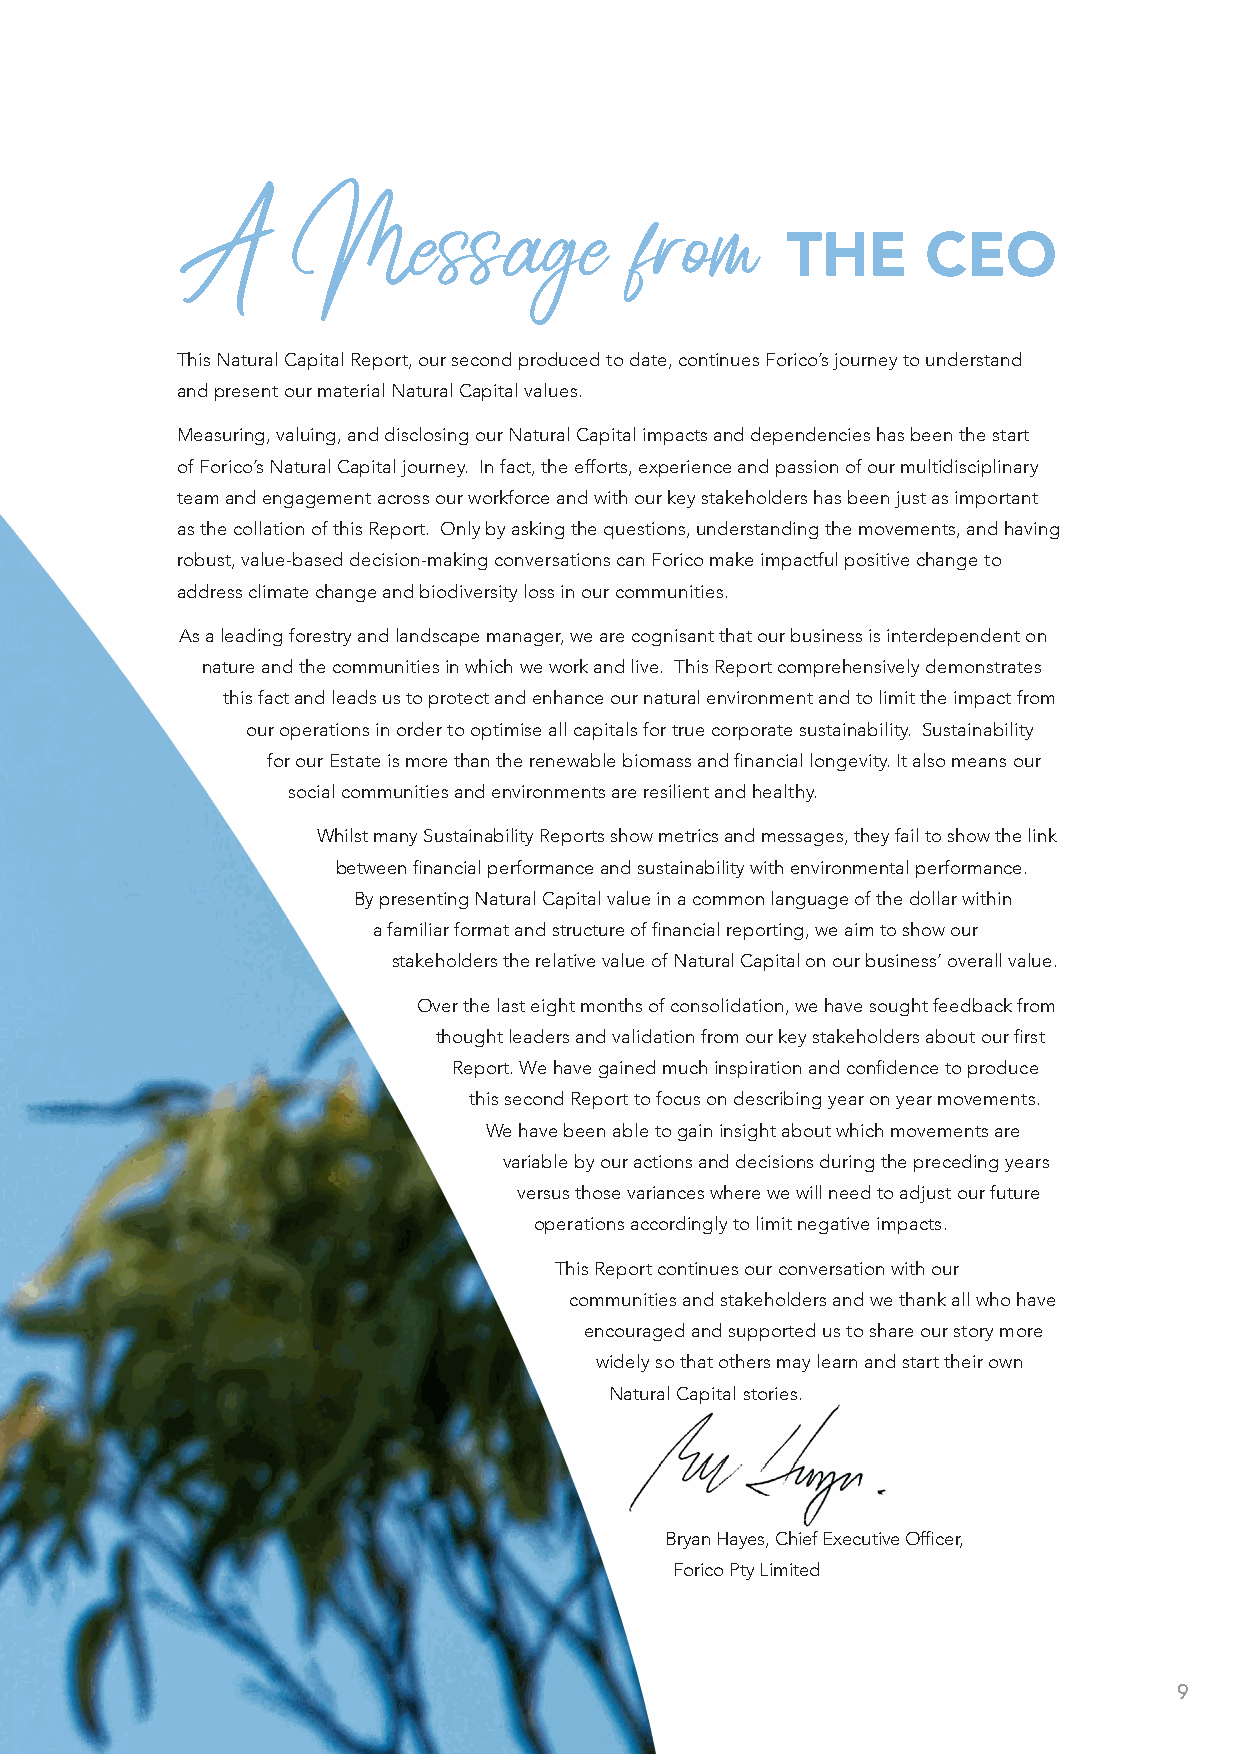
THE      CEO
 A      Message                from
 This Natural Capital Report, our second produced to date, continues Forico’s journey to understand
 and present our material Natural Capital values.
 Measuring, valuing, and disclosing our Natural Capital impacts and dependencies has been the start
 of Forico’s Natural Capital journey. In fact, the efforts, experience and passion of our multidisciplinary
 team and engagement across our workforce and with our key stakeholders has been just as important
 as the collation of this Report. Only by asking the questions, understanding the movements, and having
 robust, value-based decision-making conversations can Forico make impactful positive change to
 address climate change and biodiversity loss in our communities.
 As a leading forestry and landscape manager, we are cognisant that our business is interdependent on
 nature and the communities in which we work and live. This Report comprehensively demonstrates
 this fact and leads us to protect and enhance our natural environment and to limit the impact from
 our operations in order to optimise all capitals for true corporate sustainability. Sustainability
 for our Estate is more than the renewable biomass and financial longevity. It also means our
 social communities and environments are resilient and healthy.
 Whilst many Sustainability Reports show metrics and messages, they fail to show the link
 between financial performance and sustainability with environmental performance.
 By presenting Natural Capital value in a common language of the dollar within
 a familiar format and structure of financial reporting, we aim to show our
 stakeholders the relative value of Natural Capital on our business’ overall value.
 Over the last eight months of consolidation, we have sought feedback from
 thought leaders and validation from our key stakeholders about our first
 Report. We have gained much inspiration and confidence to produce
 this second Report to focus on describing year on year movements.
 We have been able to gain insight about which movements are
 variable by our actions and decisions during the preceding years
 versus those variances where we will need to adjust our future
 operations accordingly to limit negative impacts.
 This Report continues our conversation with our
 communities and stakeholders and we thank all who have
 encouraged and supported us to share our story more
 widely so that others may learn and start their own
 Natural Capital stories.
 Bryan Hayes, Chief Executive Officer,
 Forico Pty Limited
 9